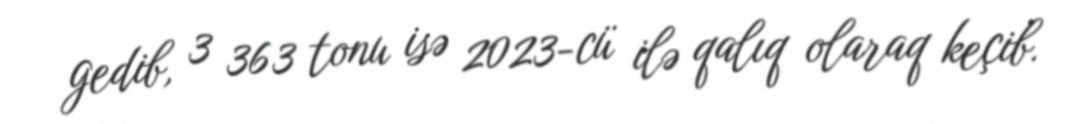
gedib, 3 363 tonu isə 2023-cü ilə qalıq olaraq keçib.